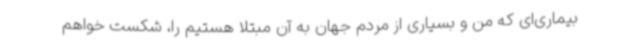
بیماری‌ای که من و بسیاری از مردم جهان به آن مبتلا هستیم را، شکست خواهم